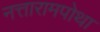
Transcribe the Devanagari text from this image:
नत्तारामपोथा